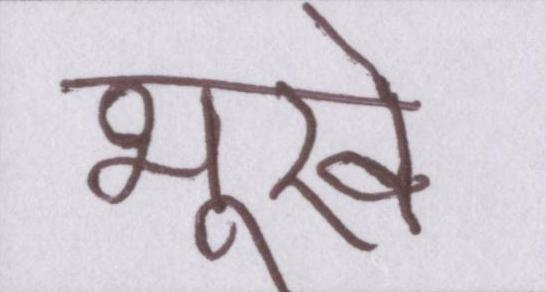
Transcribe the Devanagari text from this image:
भूखे